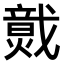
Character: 𤎷